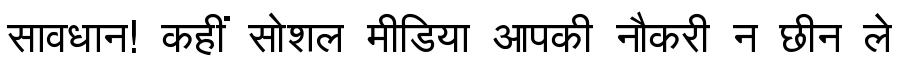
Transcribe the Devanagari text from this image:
सावधान! कहीं सोशल मीडिया आपकी नौकरी न छीन ले